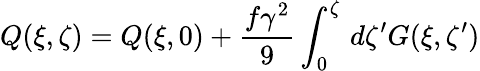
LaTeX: Q(\xi,\zeta)=Q(\xi,0)+\frac{f\gamma^{2}}{9}\int_{0}^{\zeta}\, d\zeta^{\prime}G(\xi,\zeta^{\prime})